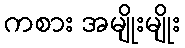
ကစား အမျိုးမျိုး